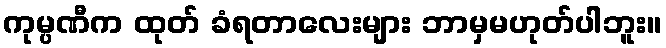
ကုမ္ပဏီက ထုတ် ခံရတာလေးများ ဘာမှမဟုတ်ပါဘူး။